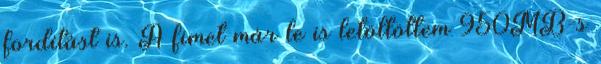
fordítást is. A fimet már le is letöltöttem 950MB-s